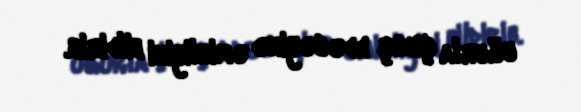
uğurla çıxış edəcəyinə əminliyini bildirib.